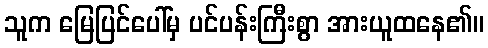
သူက မြေပြင်ပေါ်မှ ပင်ပန်းကြီးစွာ အားယူထနေ၏။